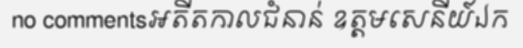
no commentsអតីតកាលជំនាន់ ឧត្តមសេនីយ៍ឯក